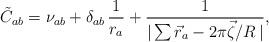
LaTeX: \begin{align*}\tilde C_{ab}=\nu_{ab}+\delta_{ab}\,\frac{1}{r_a} +\frac{1}{|\sum \vec r_a-2\pi\vec\zeta/R\,|} ,\end{align*}